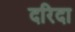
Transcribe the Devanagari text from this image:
दरिदा